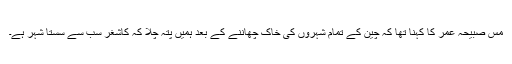
مس صبیحہ عمر کا کہنا تھا کہ چین کے تمام شہروں کی خاک چھاننے کے بعد ہمیں پتہ چلا کہ کاشغر سب سے سستا شہر ہے۔